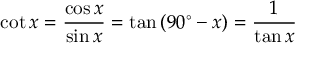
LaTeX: \cot x = { \frac { \cos x } { \sin x } } = \tan \left( 9 0 ^ { \circ } - x \right) = { \frac { 1 } { \tan x } }